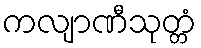
ကလျာဏီသုတ္တံ